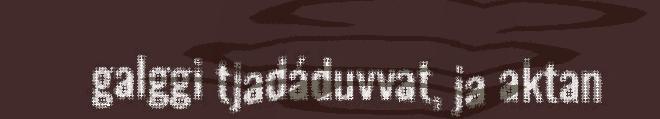
galggi tjadáduvvat, ja aktan